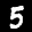
Label: 5